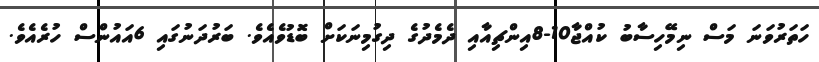
ހަތަރުވަނަ މަސް ނިމޭހިސާބު ކުއްޖާ10-8އިންޗިއާއި ދެމެދުގެ ދިގުމިނަކަށް ބޮޑުވެއެވެ. ބަރުދަނުގައި 6އައުންސް ހުރެއެވެ.